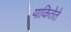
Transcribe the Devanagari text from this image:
याकितेते